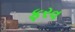
ફરવ